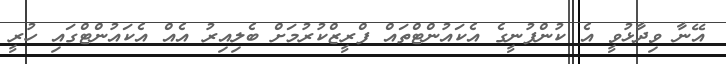
އޭނާ ވިދާޅުވީ އެ ކުންފުނީގެ އެކައުންޓްތައް ފްރީޒްކުރުމަށް ބެލިއިރު އެއް އެކައުންޓްގައި ހުރީ